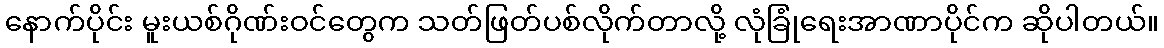
နောက်ပိုင်း မူးယစ်ဂိုဏ်းဝင်တွေက သတ်ဖြတ်ပစ်လိုက်တာလို့ လုံခြုံရေးအာဏာပိုင်က ဆိုပါတယ်။